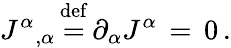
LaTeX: {J^{\alpha}}_{,\alpha}\, {\stackrel{\mathrm{def}}{=}}\, \partial_{\alpha}J^{\alpha}\, =\, 0\, .